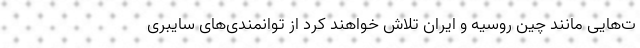
ت‌هایی مانند چین روسیه و ایران تلاش خواهند کرد از توانمندی‌های سایبری